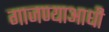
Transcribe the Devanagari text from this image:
गाजण्याआधी